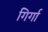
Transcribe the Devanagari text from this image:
गिर्गा